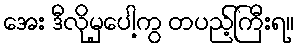
အေး ဒီလိုမှပေါ့ကွ တပည့်ကြီးရ။